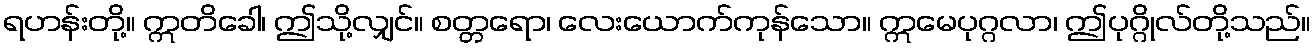
ရဟန်းတို့။ ဣတိခေါ၊ ဤသို့လျှင်။ စတ္တရော၊ လေးယောက်ကုန်သော။ ဣမေပုဂ္ဂလာ၊ ဤပုဂ္ဂိုလ်တို့သည်။